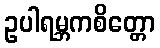
ဥပါရမ္ဘကစိတ္တော